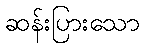
ဆန်းပြားသော